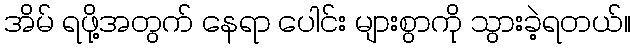
အိမ် ရဖို့အတွက် နေရာ ပေါင်း များစွာကို သွားခဲ့ရတယ်။